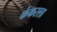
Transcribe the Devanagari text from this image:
कंकरला